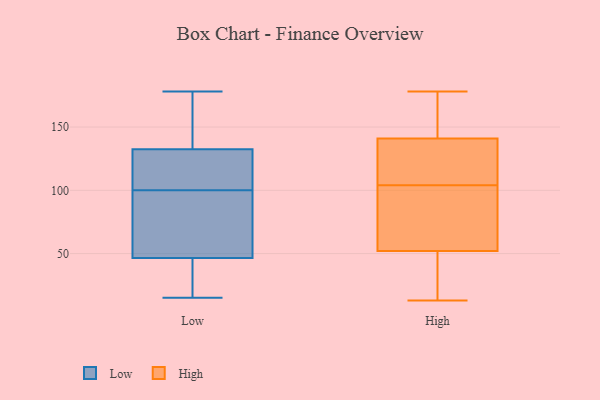
{"axis": {"x": "Market Share (%)", "y": "Value"}, "legend": ["High", "Low"], "data": [{"x": "", "y": 96, "type": "Low"}, {"x": "", "y": 95, "type": "Low"}, {"x": "", "y": 24, "type": "Low"}, {"x": "", "y": 178, "type": "Low"}, {"x": "", "y": 46, "type": "Low"}, {"x": "", "y": 24, "type": "Low"}, {"x": "", "y": 48, "type": "Low"}, {"x": "", "y": 133, "type": "Low"}, {"x": "", "y": 113, "type": "Low"}, {"x": "", "y": 100, "type": "Low"}, {"x": "", "y": 146, "type": "Low"}, {"x": "", "y": 131, "type": "Low"}, {"x": "", "y": 154, "type": "Low"}, {"x": "", "y": 15, "type": "Low"}, {"x": "", "y": 103, "type": "Low"}, {"x": "", "y": 141, "type": "High"}, {"x": "", "y": 44, "type": "High"}, {"x": "", "y": 160, "type": "High"}, {"x": "", "y": 174, "type": "High"}, {"x": "", "y": 52, "type": "High"}, {"x": "", "y": 103, "type": "High"}, {"x": "", "y": 69, "type": "High"}, {"x": "", "y": 42, "type": "High"}, {"x": "", "y": 105, "type": "High"}, {"x": "", "y": 117, "type": "High"}, {"x": "", "y": 13, "type": "High"}, {"x": "", "y": 168, "type": "High"}, {"x": "", "y": 134, "type": "High"}, {"x": "", "y": 98, "type": "High"}, {"x": "", "y": 119, "type": "High"}, {"x": "", "y": 178, "type": "High"}, {"x": "", "y": 42, "type": "High"}, {"x": "", "y": 76, "type": "High"}]}